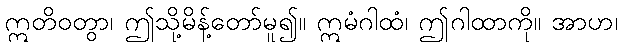
ဣတိဝတွာ၊ ဤသို့မိန့်တော်မူ၍။ ဣမံဂါထံ၊ ဤဂါထာကို။ အာဟ၊